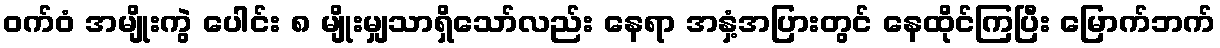
ဝက်ဝံ အမျိုးကွဲ ပေါင်း ၈ မျိုးမျှသာရှိသော်လည်း နေရာ အနှံ့အပြားတွင် နေထိုင်ကြပြီး မြောက်ဘက်